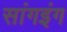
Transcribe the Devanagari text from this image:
सांगइंग